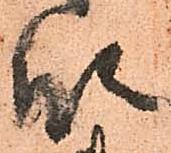
段